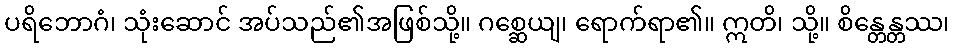
ပရိဘောဂံ၊ သုံးဆောင် အပ်သည်၏အဖြစ်သို့။ ဂစ္ဆေယျ၊ ရောက်ရာ၏။ ဣတိ၊ သို့။ စိန္တေန္တဿ၊